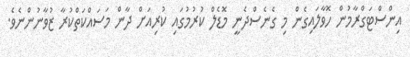
އިންސްޓަގްރާމުން ހޮވާލައިގެން މި ގެނެސްދެނީ މޮޑެލް ކުރުމުގައި ކުރިއަށް ދާން މަސައްކަތްކުރާ ޒުވާނުންނެވެ.